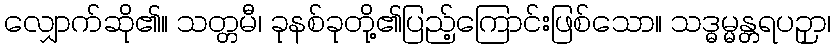
လျှောက်ဆို၏။ သတ္တမီ၊ ခုနစ်ခုတို့၏ပြည့်ကြောင်းဖြစ်သော။ သဒ္ဓမ္မန္တရပဉှာ၊